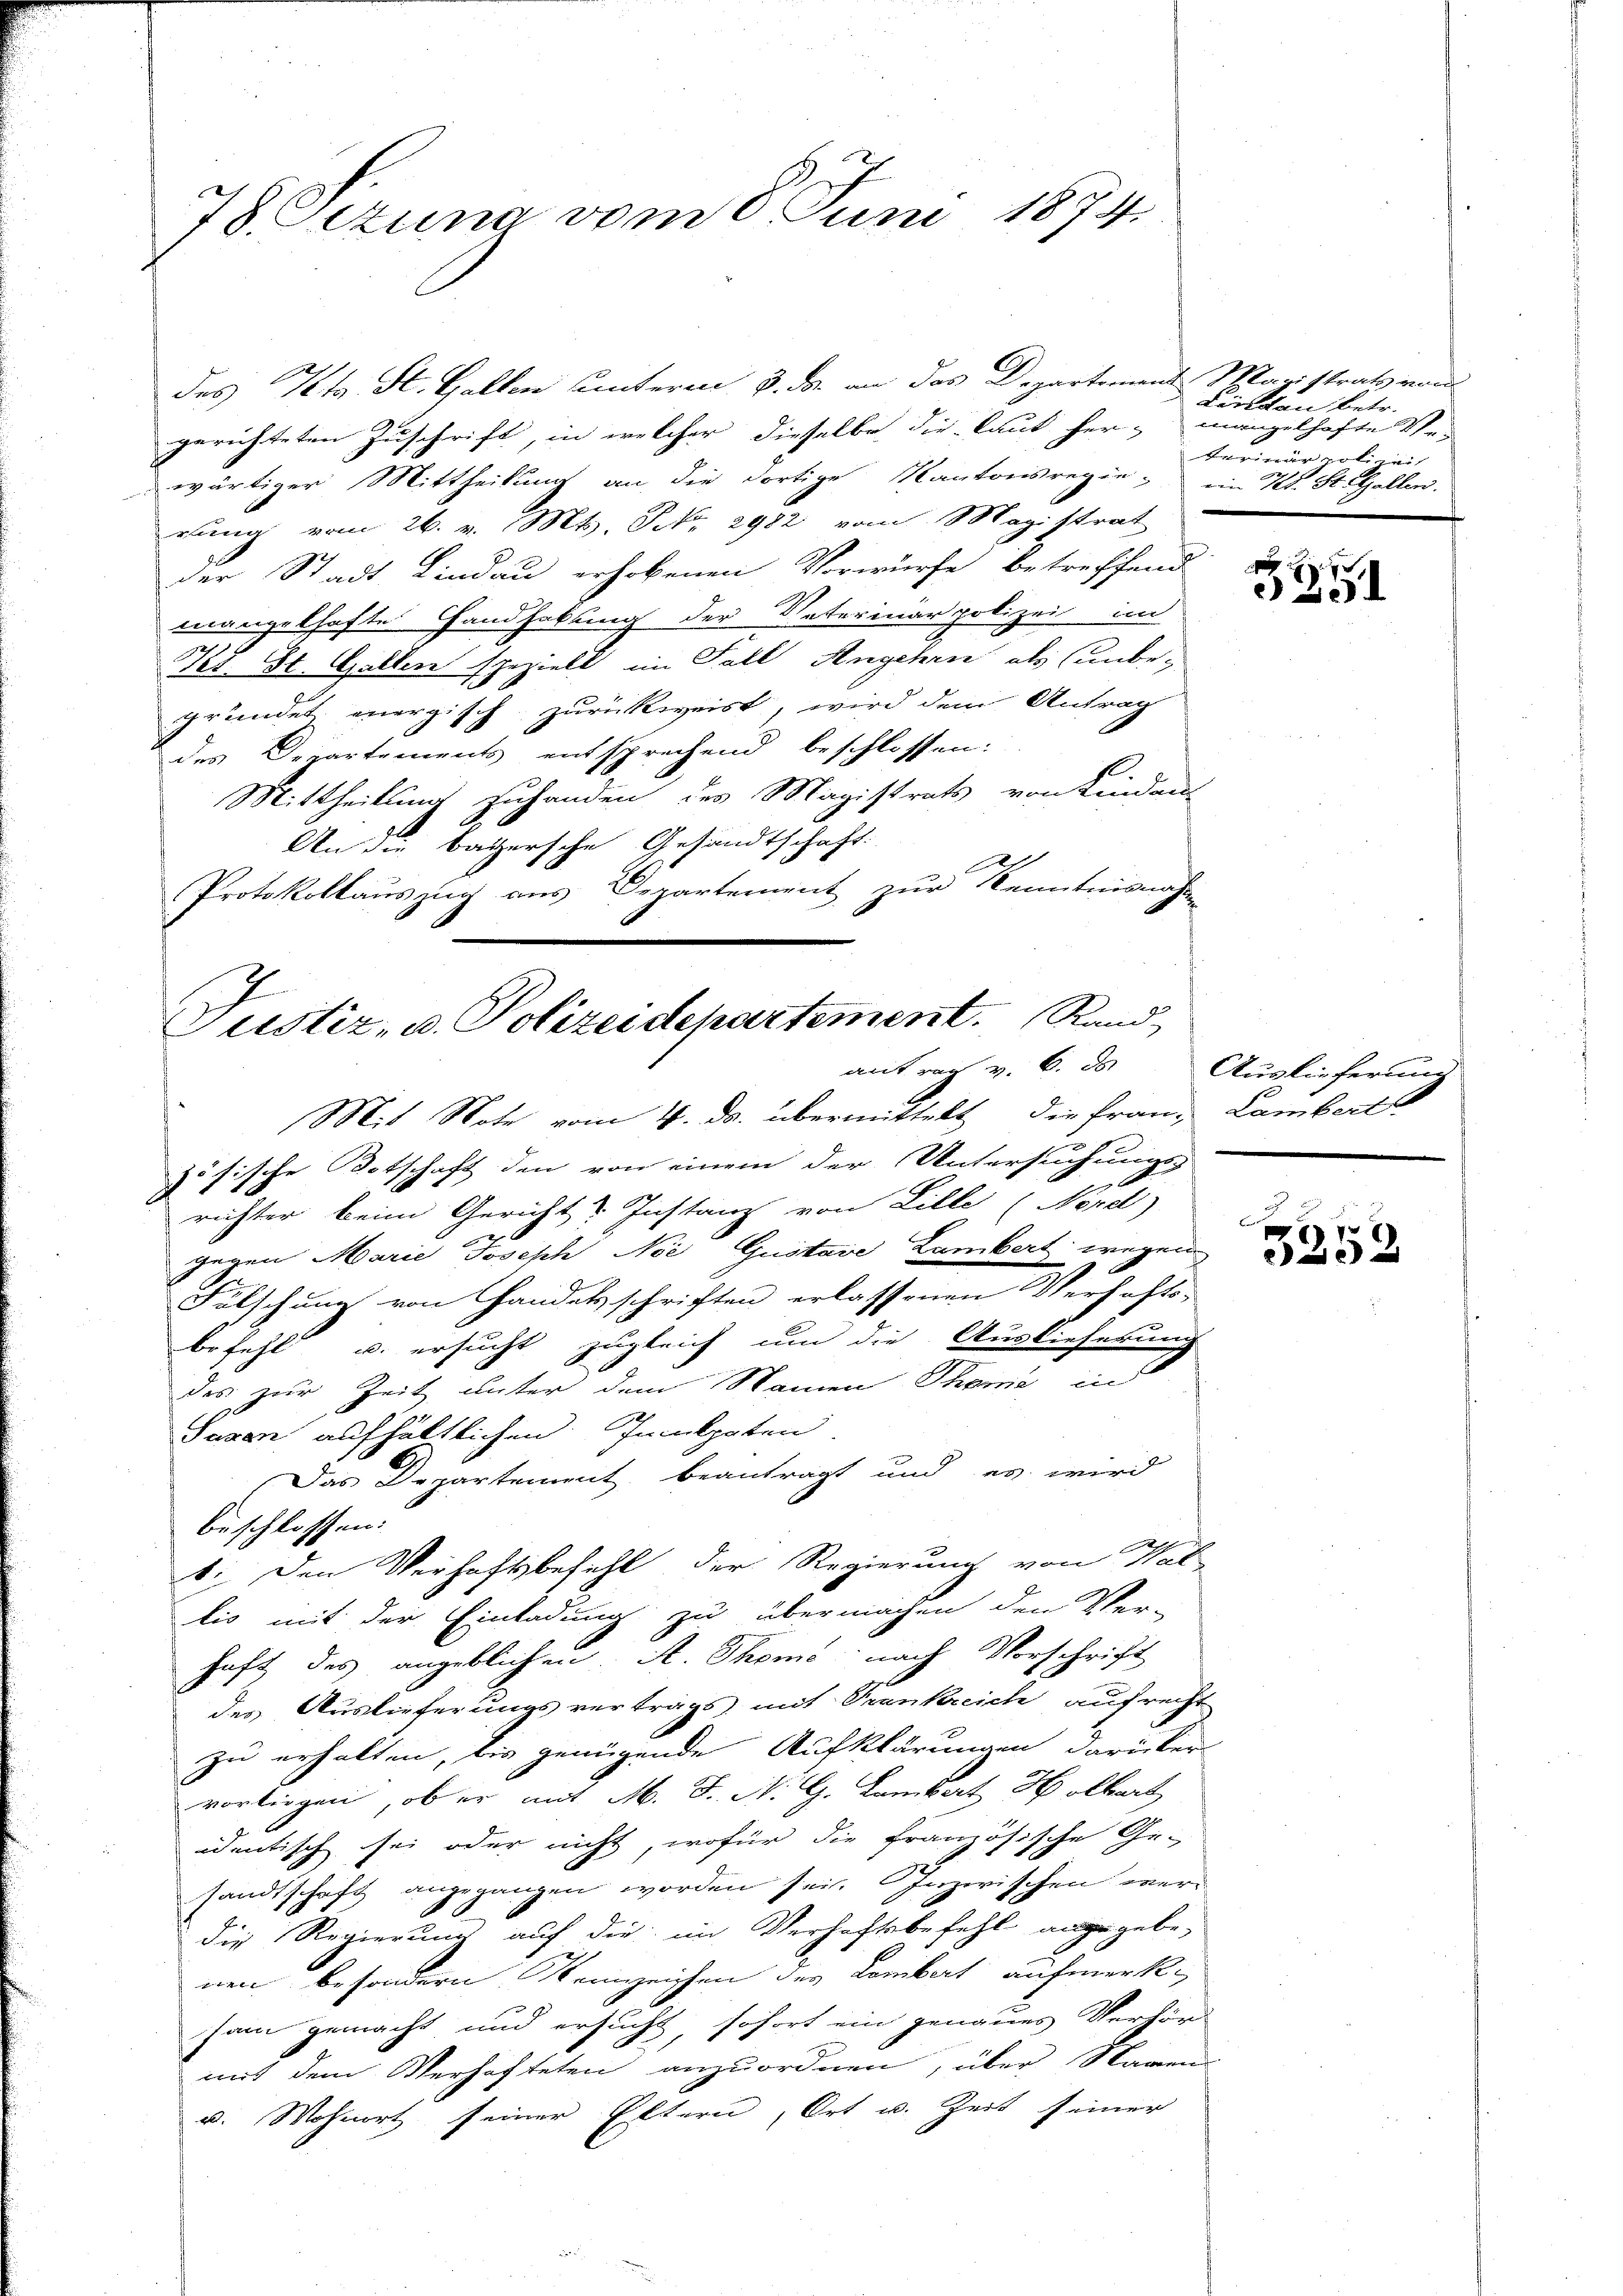
78 Pizuna vom 8. Juni 1874.

des Kts. St. Gallen unterm 3. ds. an das Departement Magistrats von
gerichteten Zuschrift, in welcher dieselbe die laut her- mangelhafte Ver-
wärtiger Mittheilung an die dortige Kantonsregie- ein Kt. Stelzellen.
erung vom 26. v. Mts. NNo. 2982 vom Magistrat
der Stadt Lindau erhobenen Vorwürfe betreffend
mangelhafte Handhabung der Naterinar polizei im
Kt. St. Gallen spezielt im Fall Angehrn als unbegründet energisch zurückweist, wird dem Antrag
des Departements entsprechend beschlossen:
Mittheilung zuhanden des Magistrats von Lindaus
An die bayersche Gesandtschaft.
Protokollauszug aus Departement zur Kenntnisnahme
Mit Note vom 4. ds. übermittelt die Frau, Lambert
zösische Botschaft den von einem der Untersuchungs-
u
richter beim Gericht Instanz von Lille (Nörd)
gegen Marie Joseph Nie Gustave Lambert wegen
1
Fulschung von Handelsschriften erlassenen Verhafts-
befehl u. ersucht zugleich um die Ausliefestg
des zur Zeit unter dem Namen Thoma in
Saxen aufhältlichen Innkpaten.
Das Departement beantragt und es wird
beschlossen:
6: Den Verhaftsbefehl der Regierung von Wal
lis mit der Einladung zu übermachen den Ver-
haft des angeblichen A. Thoms, nach Vorschrift
des Auslieferungsvertrags mit Trankreich aufrecht
zu erhalten, bis genügende Aufklärungen darüber
vorliegen, ob er mit M. J. N. G. Lambert Holbert
identisch sei oder nicht, wofür die französische Ge-
sandtschaft angegangen worden sei. Inzwischen ver-
die Regierung auf die im Verhaftsbefehl angegebe-
nen besondern Kennzeichen des Kombert aufmerksam gemacht und ersucht, sofort ein genaues Verhör
mit dem Verhafteten anzuordnen, über Namen
u. Wohnort seiner Eltern, Ort u. Zeit seiner

Justiz- u. Polizeidepartement. Rand
aite v

London betr.
rrigir polizei

291

Auslieferung

7
2